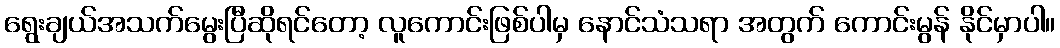
ရွေးချယ်အသက်မွေးပြီဆိုရင်တော့ လူကောင်းဖြစ်ပါမှ နောင်သံသရာ အတွက် ကောင်းမွန် နိုင်မှာပါ။